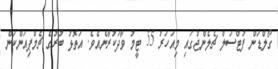
ގޯލްޑަން ފުޓްސަލް ޗެލެންޖްގައި މިއަހަރު 55 ޓީމު ވާދަކުރާނެއެވެ. އަތޮޅު ބުރުގެ ޗެމްޕިއަންކަން